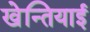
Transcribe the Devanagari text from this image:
खेन्तियाई